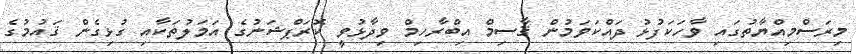
މިރަސްމިއްޔާތުގައި ވާހަކަފުޅު ދައްކަވަމުން ޤާސިމް އިބްރާހިމް ވިދާޅުވީ ކޮރަޕްޝަނުގެ އަމަލުތަކާއި ގުޅިގެން ޤައުމުގެ